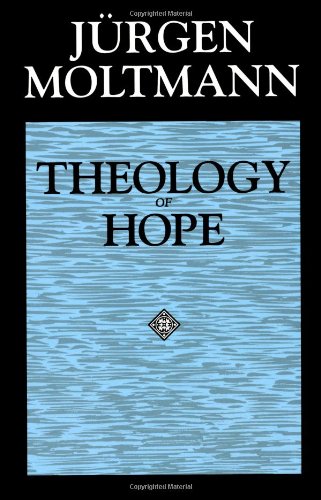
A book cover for Theology of Hope; Jurgen Moltmann; Christian Books & Bibles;